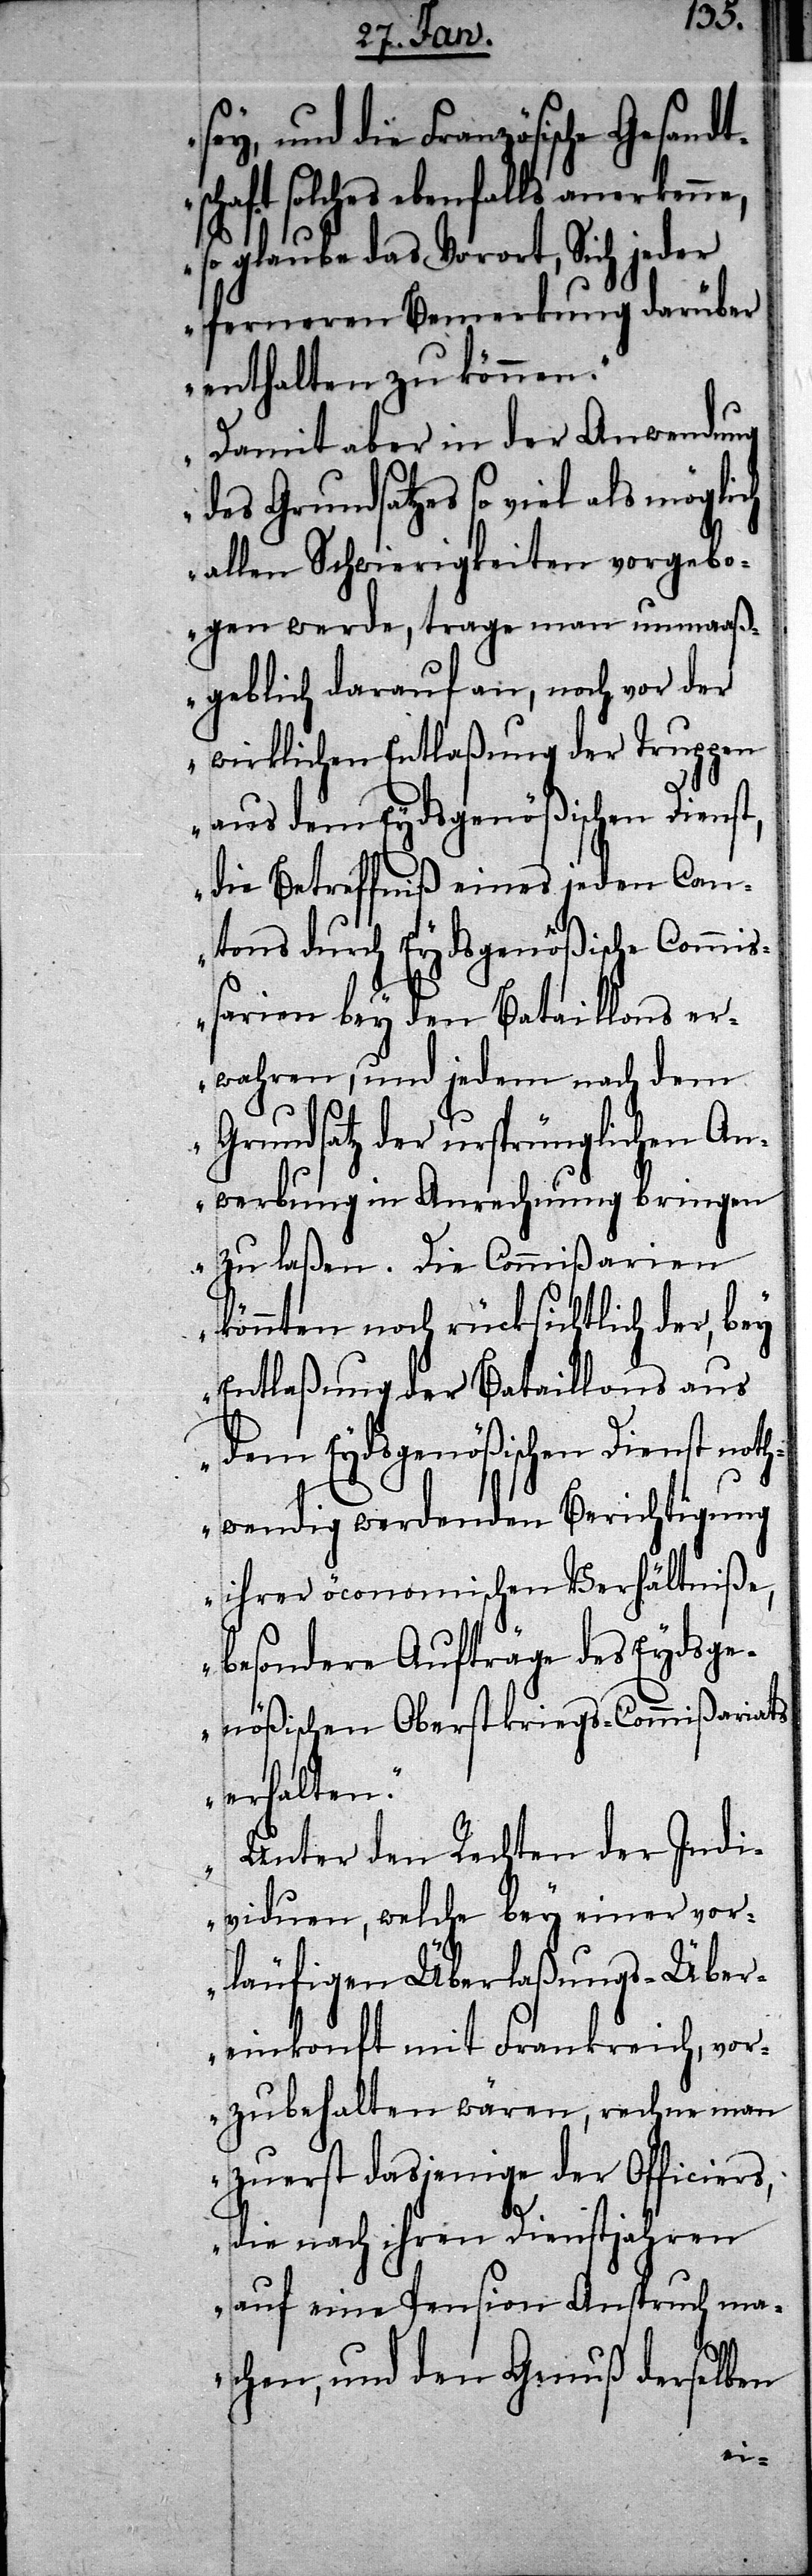
sey, und die Französische Gesandt¬
haft solches ebenfalls anerkenne,
so glaube das Vorort, Sich jeder
ferneren Bemerkung darüber
enthalten zu können.
Damit aber in der Anwendung
des Grundsatzes so viel als möglich
allen Schwierigkeiten vorgebo¬
gen werde, trage man unmaaß¬
geblich darauf an, noch vor der
wirklichen Entlaßung der Truppen
aus dem Eydsgenößischen Dienst,
die Betreffniß eines jeden Can¬
tons durch Eydgenößische Commiß¬
ionen bey den Bataillons er¬
wahren, jedem nach dem
Grundsatz der ursprünglichen An¬
werbung in Anrechnung bringen
zu laßen. Die Commißarien
könnten noch rücksichtlich der, bey
Entlaßung der Bataillons aus
dem Eydsgenößischen Dienst not¬
hwendig werdenden Berichtigung
ihrer öconomischen Verhältniße,
besondere Aufträge des Eydge¬
nößischen Oberstkriegs-Commißariats
erhalten.
Unter den Rechten der Indi¬
viduen, welche bey einer vor¬
läufigen Überlaßungs-Über¬
keinkunft mit Frankreich, vor¬
zubehalten wären, rechne man
zuerst dasjenige der Officiers,
die nach ihren Dienstjahren
auf eine Pension Anspruch ma¬
chen, und den Genuß derselben
sc¬